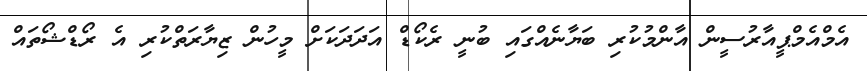
އެމްއެމްޕީއާރުސީން އާންމުކުރި ބަޔާނެއްގައި ބުނީ ރެކޯޑް އަދަދަކަށް މީހުން ޒިޔާރަތްކުރި އެ ރޯޑްޝޯތައް